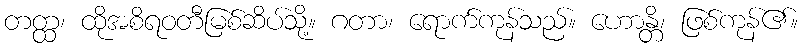
တတ္ထ၊ ထိုအစိရဝတီမြစ်ဆိပ်သို့။ ဂတာ၊ ရောက်ကုန်သည်။ ဟောန္တိ၊ ဖြစ်ကုန်၏။